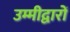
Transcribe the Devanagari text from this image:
उम्मीद्वारों